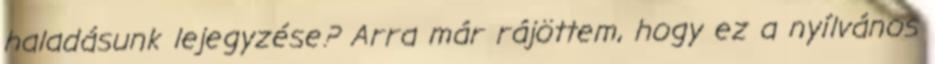
haladásunk lejegyzése? Arra már rájöttem, hogy ez a nyílvános